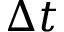
\Delta t